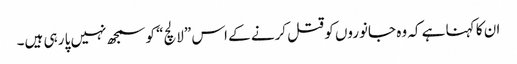
ان کا کہنا ہے کہ وہ جانوروں کو قتل کرنے کے اس ”لالچ“ کو سمجھ نہیں پا رہی ہیں۔